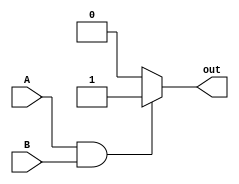
module ANDgate(A, B, out);
    input A, B;
    output reg out;
    
    always@(A , B) begin
        if (A == 1'b1 && B == 1'b1) begin
            out <= 1;
        end
        else begin
            out <= 0;
        end
    end
endmodule